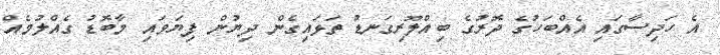
އެ ހަދިސާގައި އެއްބަހުގެ ދޮރުގެ ބިއްލޫރިގަނޑު ތަޅައިގެން ދިޔުން ފިޔަވައި މާބޮޑު ގެއްލުމެއް